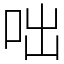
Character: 咄